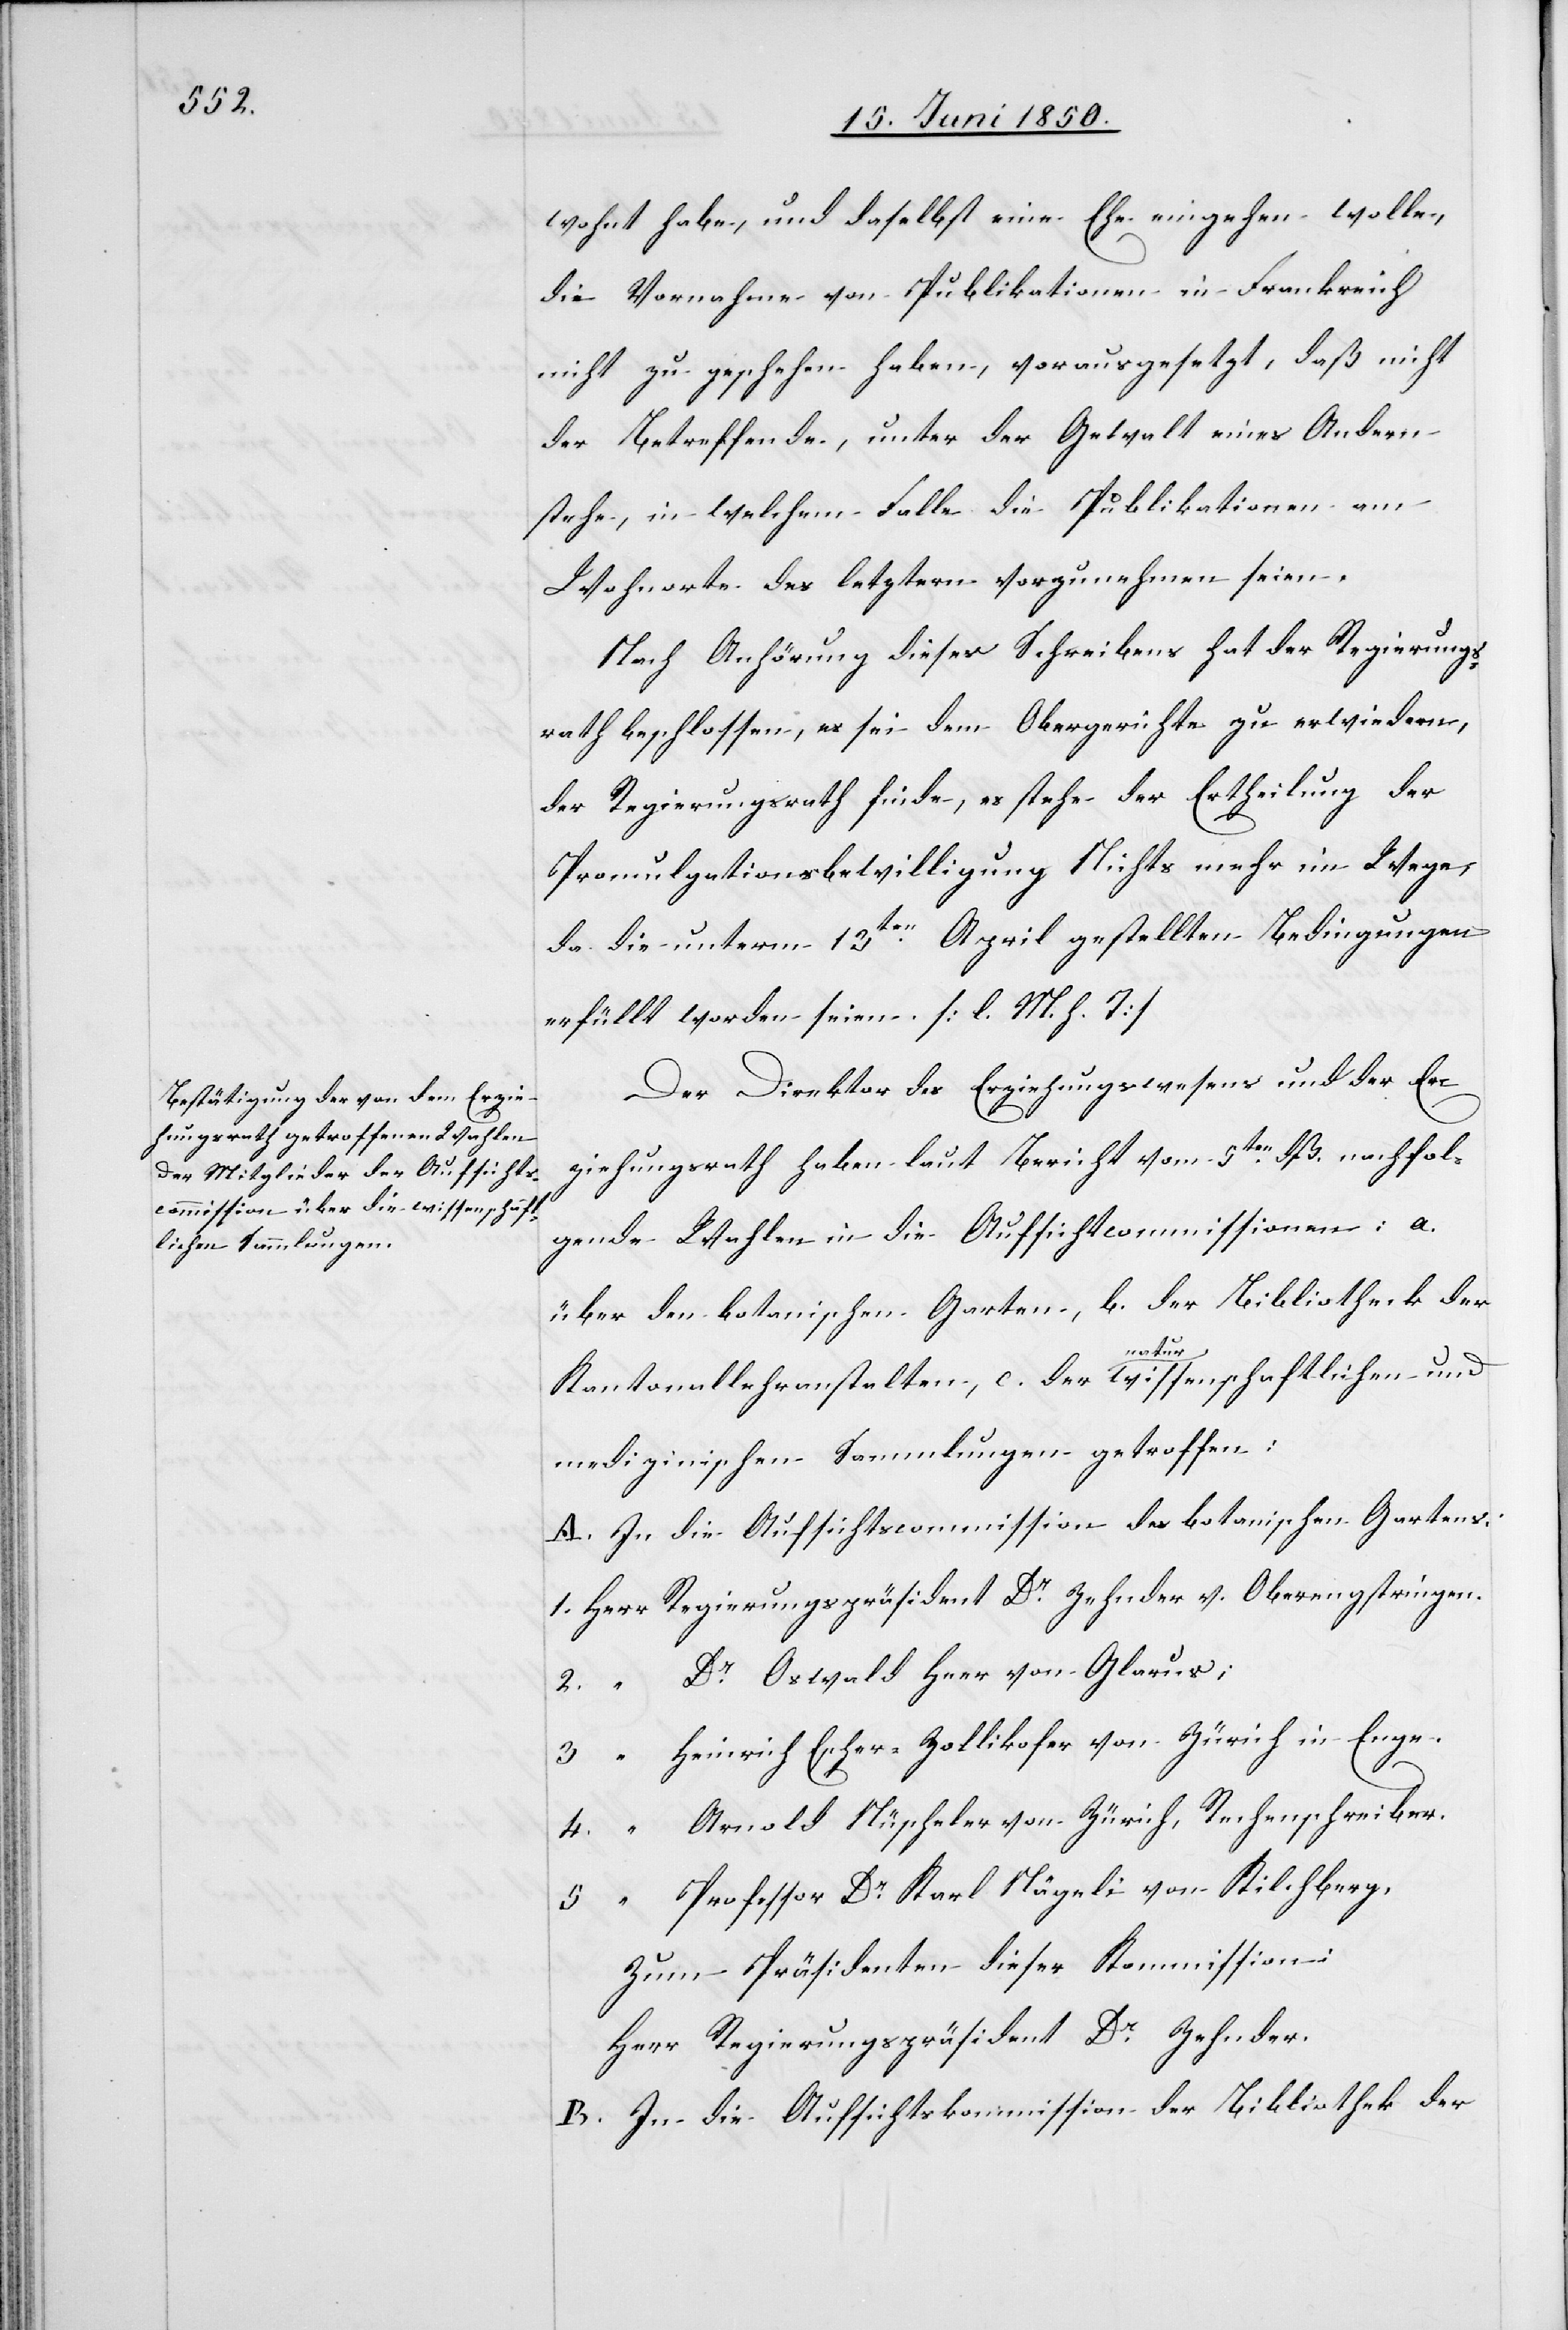
wohnt habe, und daselbst eine Ehe eingehen wolle,
die Vornahme von Publikationen in Frankreich
nicht zu geschehen haben, vorausgesetzt, daß nicht
der Betreffende, unter der Gewalt eines Andern
stehe, in welchem Falle die Publikationen am
Wohnorte des letztern vorzunehmen seien.
Nach Anhörung dieses Schreibens hat der Regierungs¬
rath beschlossen, es sei dem Obergerichte zu erwiedern,
der Regierungsrath finde, es stehe der Ertheilung der
Promulgationsbewilligung Nichts mehr im Wege,
da die unterm 13ten April gestellten Bedingungen
erfüllt worden seien [l. M. h. T]
Der Direktor des Erziehungswesens und der Er¬
ziehungsrath haben laut Bericht vom 5ten dß. nachfol¬
gende Wahlen in die Aufsichtcommissionen: a.
über den botanischen Garten, b. der Bibliothek der
Kantonallehranstalten, c. der naturwissenschaftlichen und
medizinischen Sammlungen getroffen:
A. In die Aufsichtscommission des botanischen Gartens:
1. Herr Regierungspräsident Dr Zehnder v. Oberengstringen.
2. “ Dr Oswald Heer von Glarus;
3. “ Heinrich Escher- Zollikofer von Zürich in Enge.
4. “ Arnold Nüscheler von Zürich, Rechenschreiber.
5. “ Professor Dr Karl Nägeli von Kilchberg,
Zum Präsidenten dieser Kommission:
Herr Regierungspräsident Dr Zehnder.
B. In die Aufsichtskommission der Bibliothek der